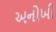
અનોખી